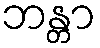
ဘန္တာ